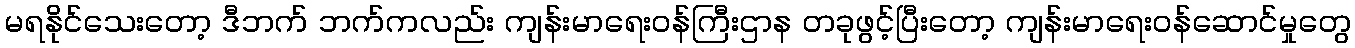
မရနိုင်သေးတော့ ဒီဘက် ဘက်ကလည်း ကျန်းမာရေးဝန်ကြီးဌာန တခုဖွင့်ပြီးတော့ ကျန်းမာရေးဝန်ဆောင်မှုတွေ